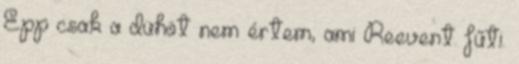
Épp csak a dühöt nem értem, ami Reevent fűti.